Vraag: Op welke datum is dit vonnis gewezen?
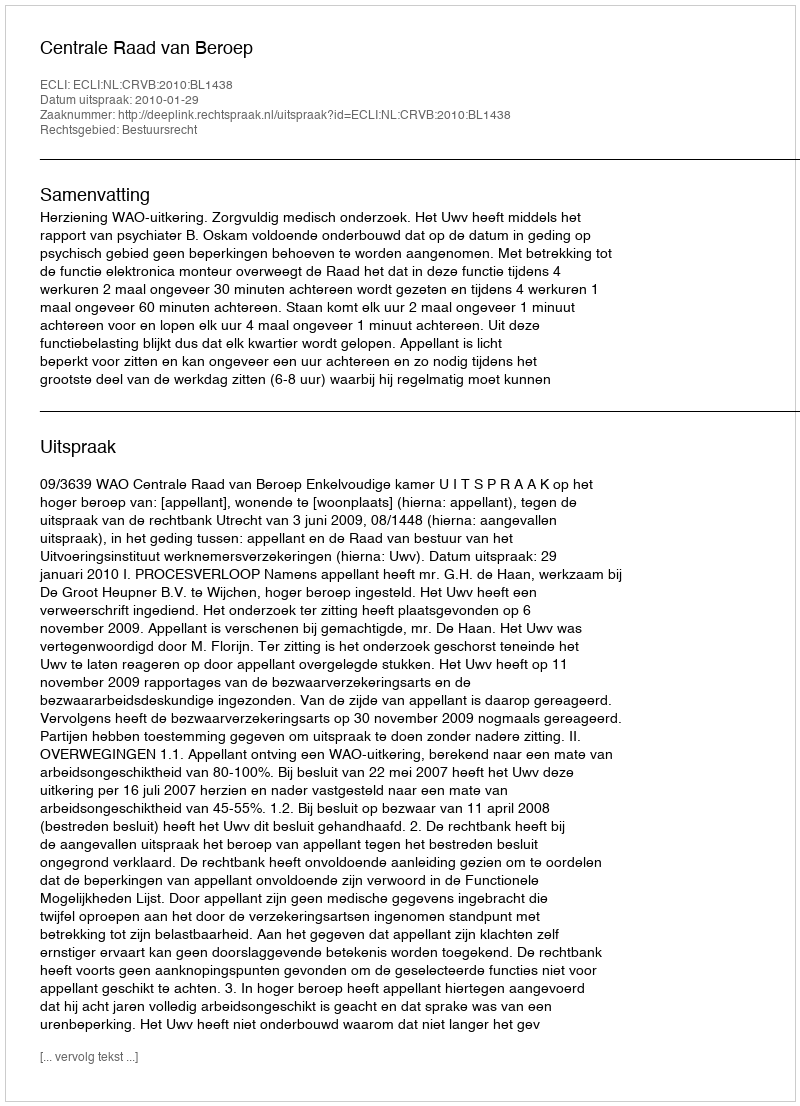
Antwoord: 2010-01-29